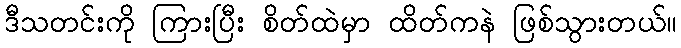
ဒီသတင်းကို ကြားပြီး စိတ်ထဲမှာ ထိတ်ကနဲ ဖြစ်သွားတယ်။